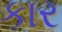
કાર